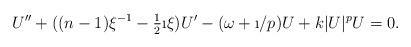
LaTeX: \begin{align*}U'' + ((n-1)\xi^{-1} -\tfrac{1}{2}\i\xi) U' -(\omega +\i/p) U +k|U|^{p}U =0 .\end{align*}